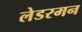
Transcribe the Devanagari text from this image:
लेडरमन